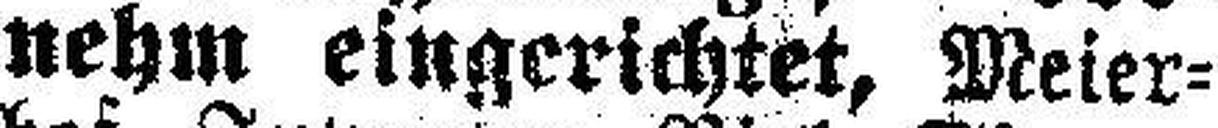
nehm eingerichtet, Meier¬